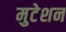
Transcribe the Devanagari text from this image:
मुटेशन